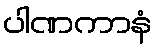
ပါဏကာနံ